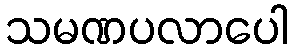
သမဏပလာပေါ